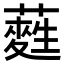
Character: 𮒂